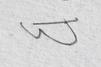
Signature authenticity: forged